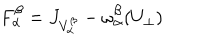
F _ { \alpha } ^ { \beta } = J _ { V _ { \alpha } ^ { \beta } } - \omega _ { \alpha } ^ { \beta } ( U _ { \perp } )